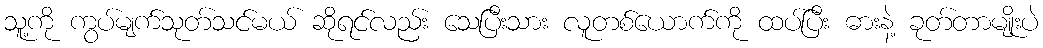
သူ့ကို ကွပ်မျက်သုတ်သင်မယ် ဆိုရင်လည်း သေပြီးသား လူတစ်ယောက်ကို ထပ်ပြီး ဓားနဲ့ ခုတ်တာမျိုးပဲ